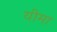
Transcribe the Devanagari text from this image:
यीमा